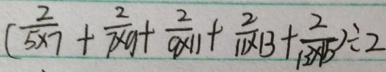
( \frac { 2 } { 5 \times 7 } + \frac { 2 } { 7 \times 9 } + \frac { 2 } { 9 \times 1 1 } + \frac { 2 } { 1 1 \times 1 3 } + \frac { 2 } { 1 3 \times 1 5 } ) \div 2